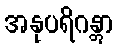
အနုပရိဂန္တွာ